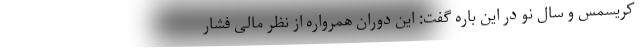
کریسمس و سال نو در این باره گفت: این دوران همرواره از نظر مالی فشار